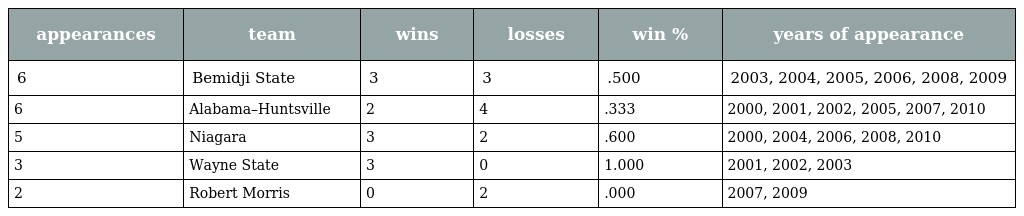
| appearances | team | wins | losses | win % | years of appearance |
 | --- | --- | --- | --- | --- | --- |
 | 6 | Bemidji State | 3 | 3 | .500 | 2003, 2004, 2005, 2006, 2008, 2009 |
 | 6 | Alabama–Huntsville | 2 | 4 | .333 | 2000, 2001, 2002, 2005, 2007, 2010 |
 | 5 | Niagara | 3 | 2 | .600 | 2000, 2004, 2006, 2008, 2010 |
 | 3 | Wayne State | 3 | 0 | 1.000 | 2001, 2002, 2003 |
 | 2 | Robert Morris | 0 | 2 | .000 | 2007, 2009 |